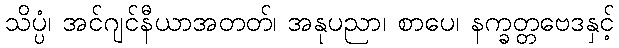
သိပ္ပံ၊ အင်ဂျင်နီယာအတတ်၊ အနုပညာ၊ စာပေ၊ နက္ခတ္တဗေဒနှင့်